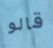
قالو